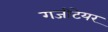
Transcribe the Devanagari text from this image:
गजीटेयर